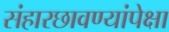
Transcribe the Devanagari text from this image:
संहारछावण्यांपेक्षा